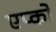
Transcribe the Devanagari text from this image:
एप्को